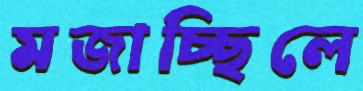
মজাচ্ছিলে